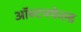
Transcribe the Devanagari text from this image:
ऑस्टनफेल्ड